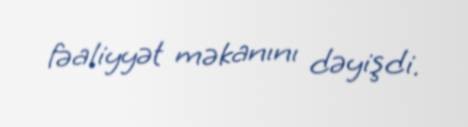
fəaliyyət məkanını dəyişdi.